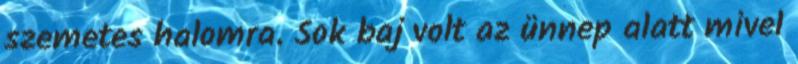
szemetes halomra. Sok baj volt az ünnep alatt mivel